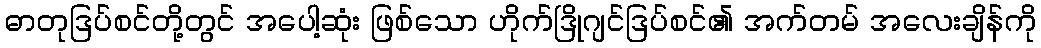
ဓာတုဒြပ်စင်တို့တွင် အပေါ့ဆုံး ဖြစ်သော ဟိုက်ဒြိုဂျင်ဒြပ်စင်၏ အက်တမ် အလေးချိန်ကို